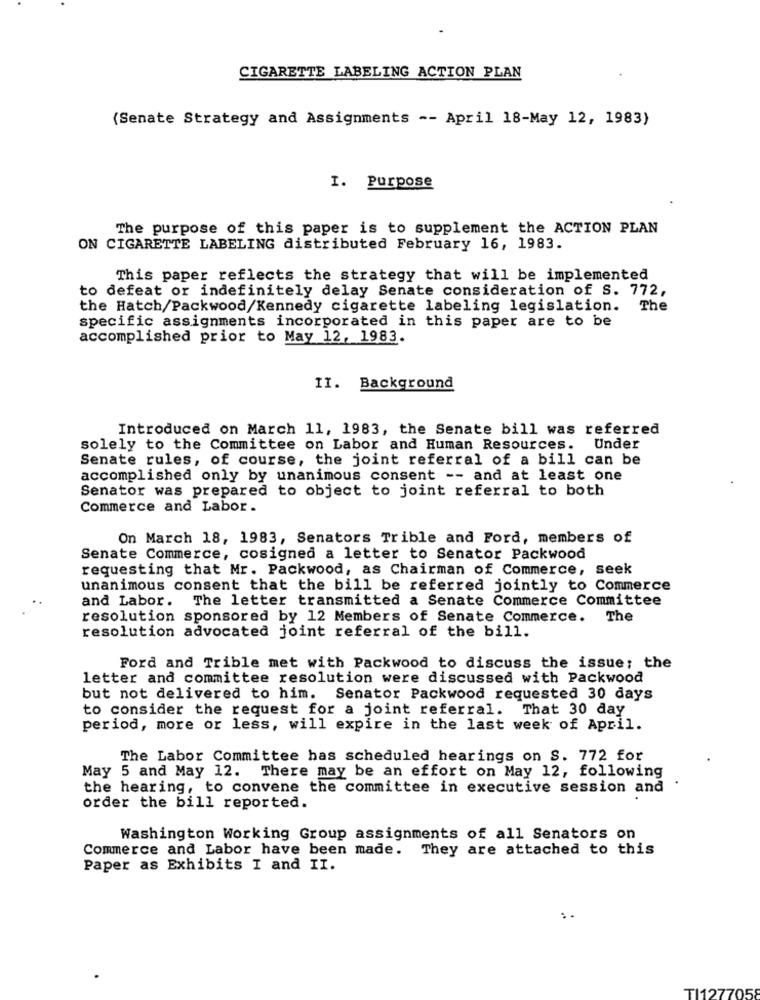
CIGARETTE LABELING ACTION PLAN
(Senate Strategy and Assignments -- April 18-May 12, 1983)
I. Purpose
The purpose of this paper is to supplement the ACTION PLAN
ON CIGARETTE LABELING distributed February 16, 1983.
This paper reflects the strategy that will be implemented
to defeat or indefinitely delay Senate consideration of S. 772,
the Hatch/Packwood/Kennedy cigarette labeling legislation.
The
specific assignments incorporated in this paper are to be
accomplished prior to May 12, 1983.
II. Background
Introduced on March 11, 1983, the Senate bill was referred
solely to the Committee on Labor and Human Resources. Under
Senate rules, of course, the joint referral of a bill can be
accomplished only by unanimous consent -- and at least one
Senator was prepared to object to joint referral to both
Commerce and Labor.
On March 18, 1983, Senators Trible and Ford, members of
Senate Commerce, cosigned a letter to Senator Packwood
requesting that Mr. Packwood, as Chairman of Commerce, seek
unanimous consent that the bill be referred jointly to Commerce
and Labor.
The letter transmitted a Senate Commerce Committee
resolution sponsored by 12 Members of Senate Commerce. The
resolution advocated joint referral of the bill.
Ford and Trible met with Packwood to discuss the issue; the
letter and committee resolution were discussed with Packwood
but not delivered to him. Senator Packwood requested 30 days
to consider the request for a joint referral. That 30 day
period, more or less, will expire in the last week of April.
The Labor Committee has scheduled hearings on S. 772 for
May 5 and May 12. There may be an effort on May 12, following
the hearing, to convene the committee in executive session and
order the bill reported.
Washington Working Group assignments of all Senators on
Commerce and Labor have been made. They are attached to this
Paper as Exhibits I and II.
TI1277058